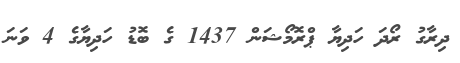
ދިރާގު ރޯދަ ހަދިޔާ ޕްރޮމޯޝަން 1437 ގެ ބޮޑު ހަދިޔާގެ 4 ވަނަ